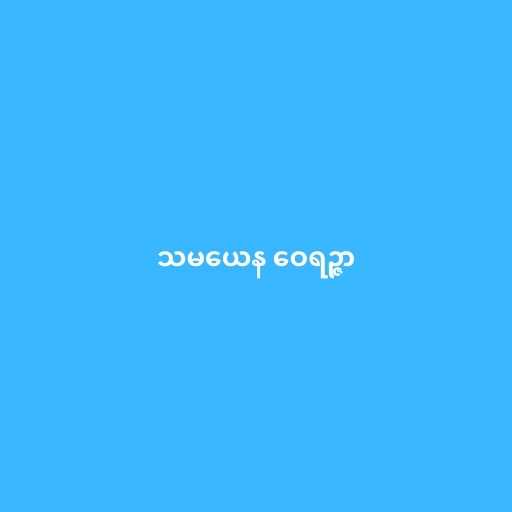
သမယေန ဝေရဉ္ဇာ